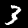
Label: 3